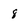
Character: 8